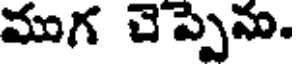
ముగ చెప్పెను.